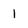
Character: 1